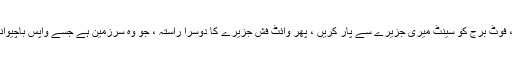
جب آپ تالے کی بنیاد پر ہیں ، فوٹ برج کو سینٹ میری جزیرے سے پار کریں ، پھر وائٹ فش جزیرے کا دوسرا راستہ ، جو وہ سرزمین ہے جسے واپس باچیوانا فرسٹ نیشن میں لوٹا گیا ہے۔